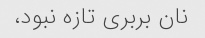
نان بربری تازه نبود،